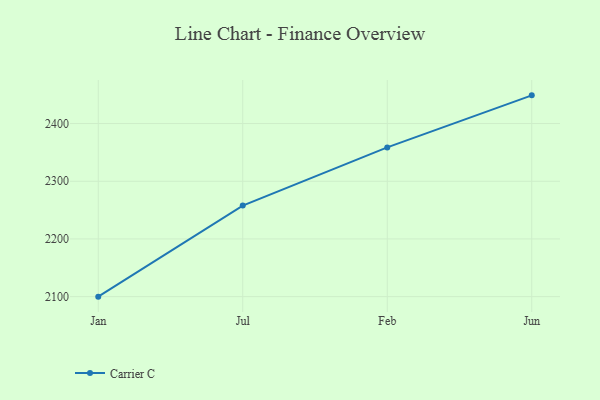
{"axis": {"x": "Month", "y": "Latency (ms)"}, "legend": ["Carrier C"], "data": [{"x": "Jan", "y": 2100.0, "type": "Carrier C"}, {"x": "Jul", "y": 2257.9, "type": "Carrier C"}, {"x": "Feb", "y": 2358.7, "type": "Carrier C"}, {"x": "Jun", "y": 2448.9, "type": "Carrier C"}]}